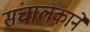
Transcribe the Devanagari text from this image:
संचालकाने